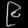
Digit: ၉